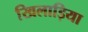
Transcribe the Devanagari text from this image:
खिलाड़िया